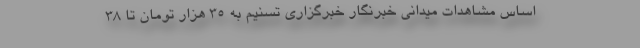
اساس مشاهدات میدانی خبرنگار خبرگزاری تسنیم به 35 هزار تومان تا 38